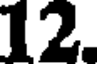
12.